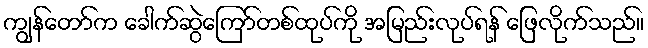
ကျွန်တော်က ခေါက်ဆွဲကြော်တစ်ထုပ်ကို အမြည်းလုပ်ရန် ဖြေလိုက်သည်။